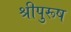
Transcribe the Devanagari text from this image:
श्रीपुरूष